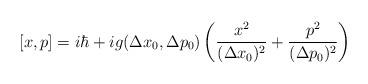
LaTeX: \begin{align*}[x,p] = i\hbar + i g( \Delta x_{0}, \Delta p_{0})\left( \frac{x^2}{(\Delta x_{0})^2}+ \frac{p^2}{(\Delta p_{0})^2}\right)\end{align*}